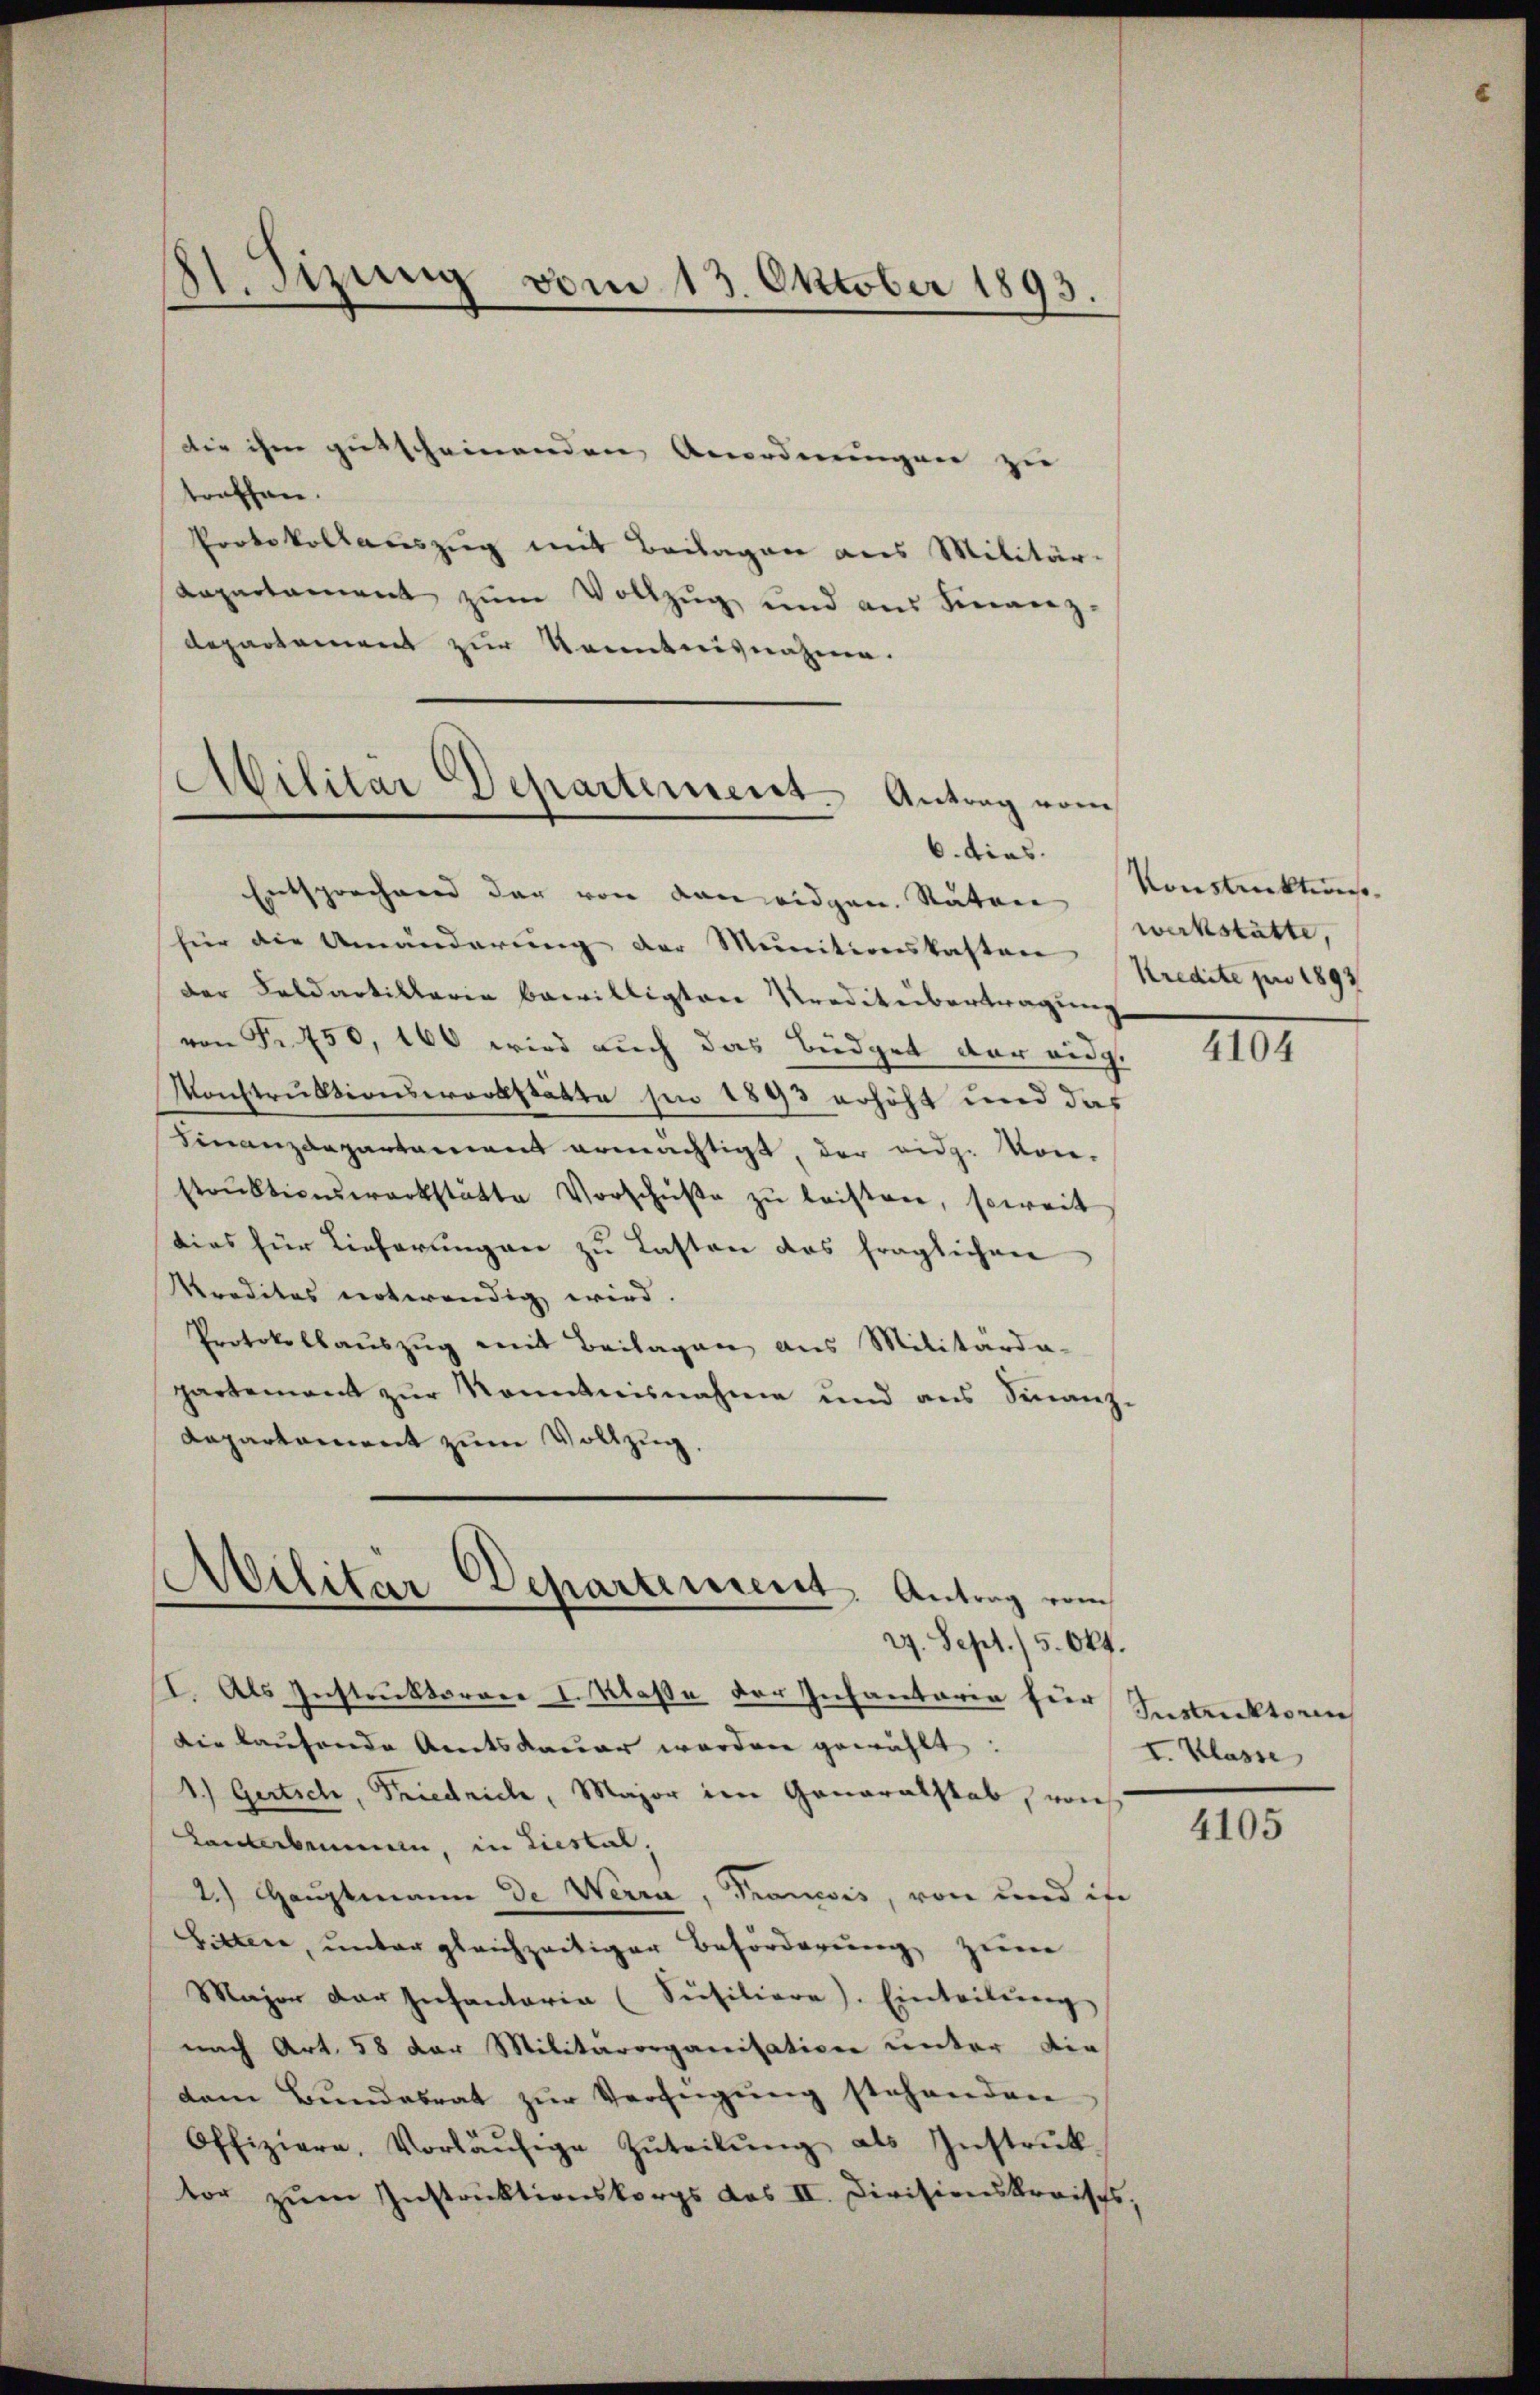
81. Sizung vom 13. Oktober 1893

die ihm gutscheinenden Anordnungen zu
troffen.
Protokollauszug mit Beilagen aus Militär-
Kapartament zŭm Vollzŭg und aus Finanz-
Repartement zur Kenntnisnahme.
Militär Departement. Antrag vom

6. dies.

Entsprechung der von den eidgen. Räten
für die Umänderung der Munitionskasten
der Feldartillaria bewilligten Kreditübertragung
von Fr. 750, 160 wird auch das Büdget der eidg.
Monstruktionswerkstätte hin 1893 erhöht und das
Finanzdepartament ermächtigt, der eidg. Von-
strŭkticaerarkstätte Vorschŭβe zŭ leisten, soweit
dies für Lieferungen zu Lasten das fraglichen
Kreditas notwendig wird.
Protokollauszug mit Beilagen aus Militärda-
partement zur Kenntnisnahme und aus Finanz-
Dapartement zum Vollzug,

Militär Departement. Antrag vom
29. Sept./ 5. Okt.

I. Als Instruktorace I. Klaße der Infantaria für Samuktoren
die laufende Amtsdauer worden gewählt:
1.) Gertsch, Friedrich, Major im Ganaralstab, von
Lanterbenen, in Liestal.
2.) Hauptmann de Werra, Transis, von und in
Sittere, unter gleichzeitiger Beförderung zum
Major der Infantaria (Süsiliere). Einteilŭng
nach Art. 58 der Militärorganisation unter die
dam Bŭndesrat zŭr Verfügung stehenden
Offiziere, Vorläŭfige Zŭteilŭng als Instrŭk-
tor zum Instruktionskorps das II. Divisionskreises,

Konstruktions
werkstätte,
Kredite pro 1897

4104

I. Klasse

4105